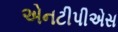
એનટીપીએસ